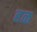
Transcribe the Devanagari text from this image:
हळ